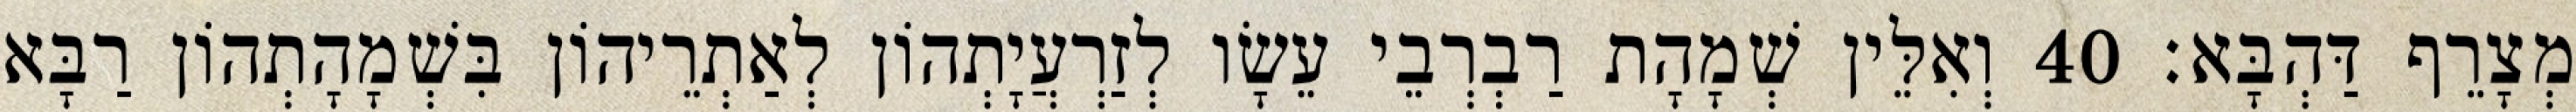
מְצָרֵף דַּהְבָּא׃ 40 וְאִלֵּין שְׁמָהָת רַבְרְבֵי עֵשָׂו לְזַרְעֲיָתְהוֹן לְאַתְרֵיהוֹן בִּשְׁמָהָתְהוֹן רַבָּא